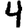
Digit: 4